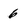
Character: 6